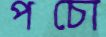
পচো